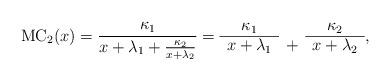
LaTeX: \begin{align*}\mathrm{MC}_2(x)=\frac{\kappa_1}{x+\lambda_1+\frac{\kappa_2}{x+\lambda_2}}=\begin{array}{ccc}\kappa_1& &\kappa_2\\\cline{1-1}\cline{3-3}x+\lambda_1 & +&x+\lambda_2\end{array},\end{align*}